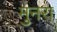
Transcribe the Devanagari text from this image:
मुनरा